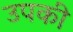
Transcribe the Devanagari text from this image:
उपकी